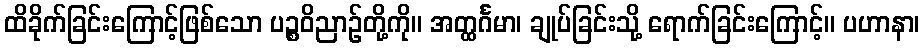
ထိခိုက်ခြင်းကြောင့်ဖြစ်သော ပဉ္စဝိညာဉ်တို့ကို။ အတ္ထင်္ဂမာ၊ ချုပ်ခြင်းသို့ ရောက်ခြင်းကြောင့်။ ပဟာနာ၊